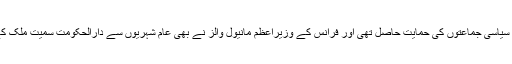
پیرس میں اتوار کو ہونے والے 'ملین مارچ' کو حکومت اور ملک کی مرکزی سیاسی جماعتوں کی حمایت حاصل تھی اور فرانس کے وزیرِاعظم مانیول والز نے بھی عام شہریوں سے دارالحکومت سمیت ملک کے مختلف شہروں میں ہونے والی ریلیوں میں بھرپور شرکت کی اپیل کی تھی۔